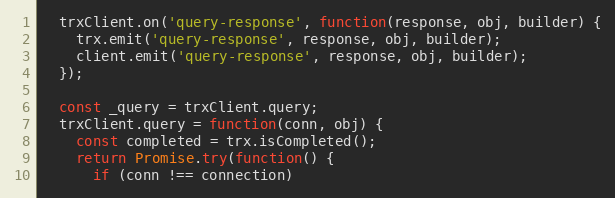
Language: JavaScript
  trxClient.on('query-response', function(response, obj, builder) {
    trx.emit('query-response', response, obj, builder);
    client.emit('query-response', response, obj, builder);
  });

  const _query = trxClient.query;
  trxClient.query = function(conn, obj) {
    const completed = trx.isCompleted();
    return Promise.try(function() {
      if (conn !== connection)